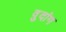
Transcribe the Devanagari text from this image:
वुदांग